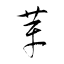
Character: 革